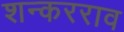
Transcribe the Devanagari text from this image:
शन्करराव